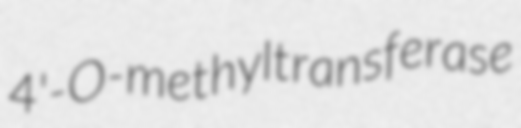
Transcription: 4'-O-methyltransferase